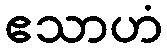
ဧသာဟံ